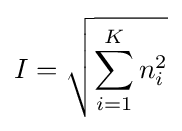
I={\sqrt {\sum _{i=1}^{K}n_{i}^{2}}}